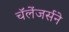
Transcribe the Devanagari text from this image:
चॅलेंजर्सने